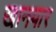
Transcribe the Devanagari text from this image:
खानयार